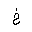
Letter: _kha